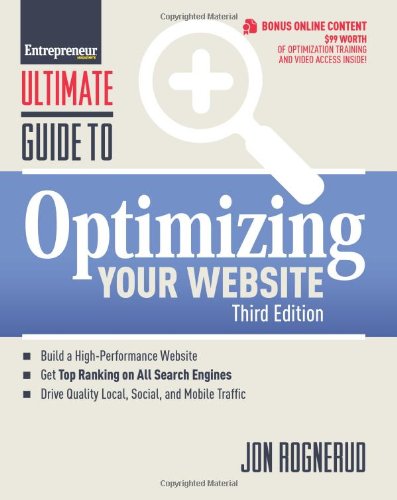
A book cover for Ultimate Guide to Optimizing Your Website (Ultimate Series); Jon Rognerud; Computers & Technology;